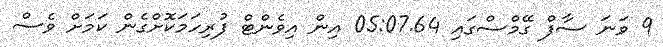
9 ވަނަ ސާފް ގޭމްސްގައި 05:07.64 އިން އިވެންޓް ފުރިހަމަކޮށްގެން ކަމަށް ވެސް